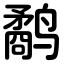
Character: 鹬